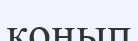
қонып